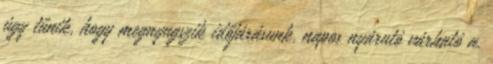
úgy tűnik, hogy megnyugszik időjárásunk, napos nyárutó várható a.